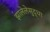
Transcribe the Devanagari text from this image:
झालेलेसुद्धा